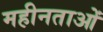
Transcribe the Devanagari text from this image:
महीनताओं